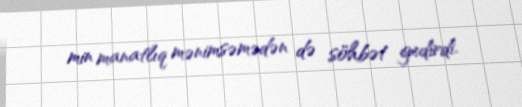
min manatlıq mənimsəmədən də söhbət gedirdi.